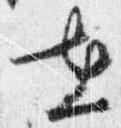
在